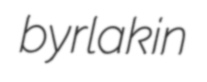
byrlakin